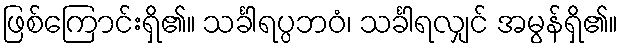
ဖြစ်ကြောင်းရှိ၏။ သင်္ခါရပ္ပဘဝံ၊ သင်္ခါရလျှင် အမွန်ရှိ၏။